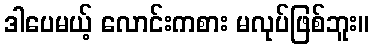
ဒါပေမယ့် လောင်းကစား မလုပ်ဖြစ်ဘူး။